Scottish Leaving Certificate Examination, 1953
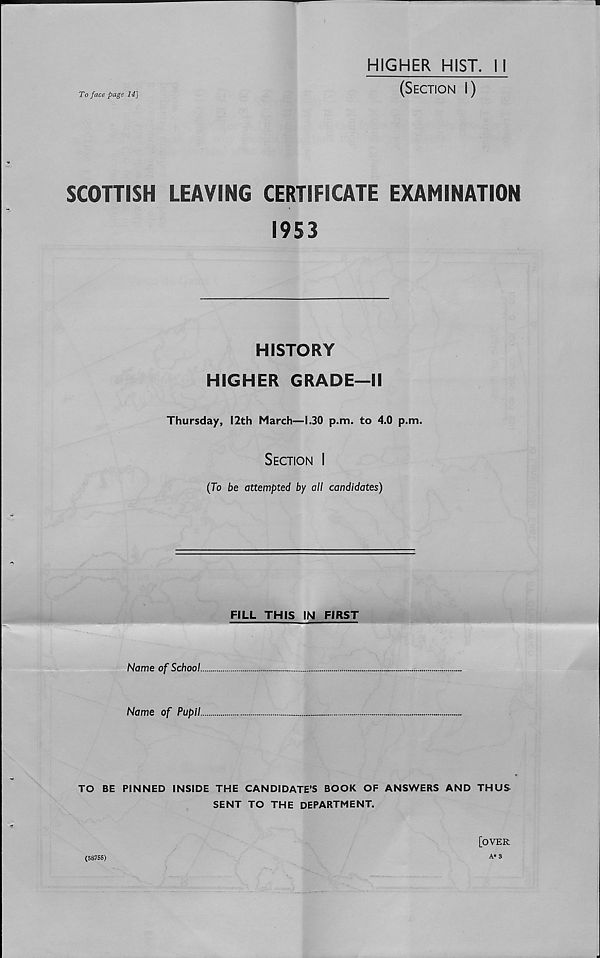
To face page 14]
HIGHER HIST. II
(Section I)
SCOTTISH LEAVING CERTIFICATE EXAMINATION
1953
HISTORY
HIGHER GRADE—II
Thursday, 12th March—1.30 p.m. to 4.0 p.m.
Section I
(To be attempted by all candidates)
FILL THIS IN FIRST
Name of School.
Name of Pupil.
TO BE PINNED INSIDE THE CANDIDATE’S BOOK OF ANSWERS AND THUS
SENT TO THE DEPARTMENT.
[over
(58755)
A* 3